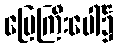
မြေကြီးပေါ်၌